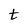
Character: t